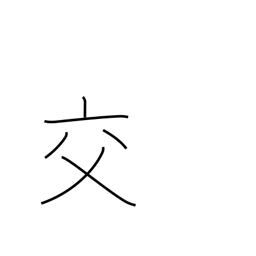
Meaning: mixing